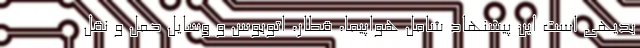
بدیهی است این پیشنهاد شامل هواپیما، قطار، اتوبوس و وسایل حمل و نقل